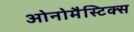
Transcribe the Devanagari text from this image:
ओनोमैस्टिक्स